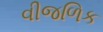
વીજળિક